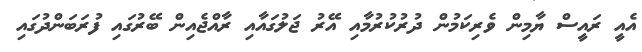
އެއީ ރައީސް ޔާމިން ވެރިކަމުން ދުރުކުރުމާއި އޭރު ޖަލުގައާއި ރާއްޖެއިން ބޭރުގައި ފުރަބަންދުގައި